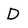
Character: D